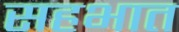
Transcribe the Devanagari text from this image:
सहभात